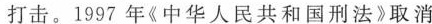
打击。1997年《中华人民共和国刑法》取消